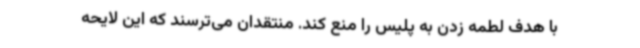
با هدف لطمه زدن به پلیس را منع کند. منتقدان می‌ترسند که این لایحه